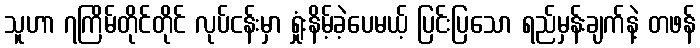
သူဟာ ၇ကြိမ်တိုင်တိုင် လုပ်ငန်းမှာ ရှုံးနိမ့်ခဲ့ပေမယ့် ပြင်းပြသော ရည်မှန်းချက်နဲ့ တဖန်